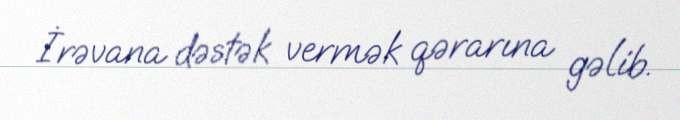
İrəvana dəstək vermək qərarına gəlib.